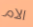
الام